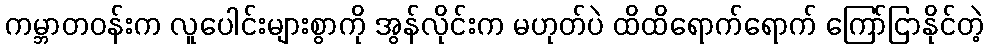
ကမ္ဘာတဝန်းက လူပေါင်းများစွာကို အွန်လိုင်းက မဟုတ်ပဲ ထိထိရောက်ရောက် ကြော်ငြာနိုင်တဲ့